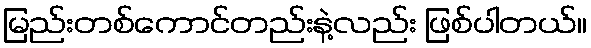
မြည်းတစ်ကောင်တည်းနဲ့လည်း ဖြစ်ပါတယ်။